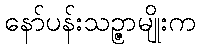
နော်ပန်းသဉ္ဇာမျိုးက